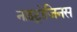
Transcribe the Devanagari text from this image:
नाइट्रोजिनस